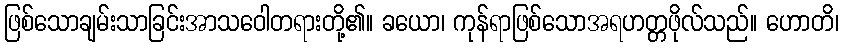
ဖြစ်သောချမ်းသာခြင်းအာသဝေါတရားတို့၏။ ခယော၊ ကုန်ရာဖြစ်သောအရဟတ္တဖိုလ်သည်။ ဟောတိ၊